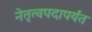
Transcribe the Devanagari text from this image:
नेतृत्वपदापर्यंत